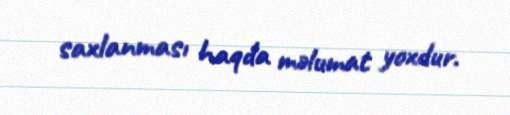
saxlanması haqda məlumat yoxdur.